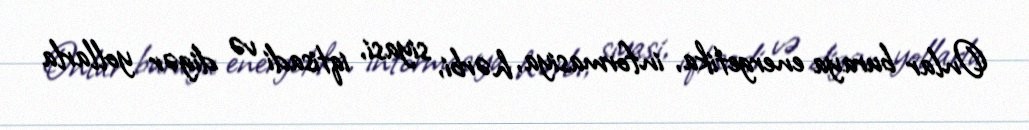
Onlar buraya energetika, informasiya, hərbi, siyasi, iqtisadi və digər yollarla